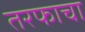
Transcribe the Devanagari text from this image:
तरफाचा